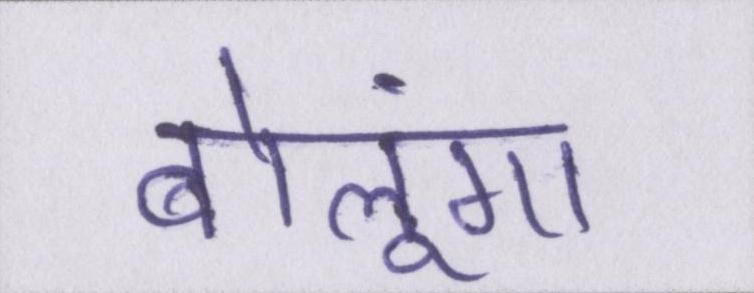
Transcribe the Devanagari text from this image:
बोलूंगा